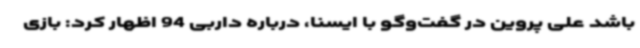
باشد علی پروین در گفت‌وگو با ایسنا، درباره داربی 94 اظهار کرد: بازی